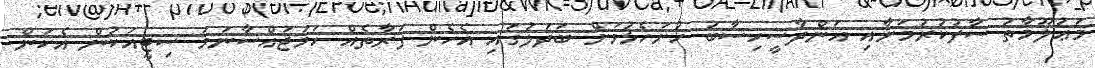
މަޢުލޫމާތު ސާފުކުރުމަށާއި އަންދާސީހިސާބު ހުށަހެޅުމަށް ބަދަލުގައި އެހެން ފަރާތެއް ހަމަޖައްސާނަމަ ސިޓީއަކުން އެކަން